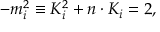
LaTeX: - m _ { i } ^ { 2 } \equiv K _ { i } ^ { 2 } + n \cdot K _ { i } = 2 ,